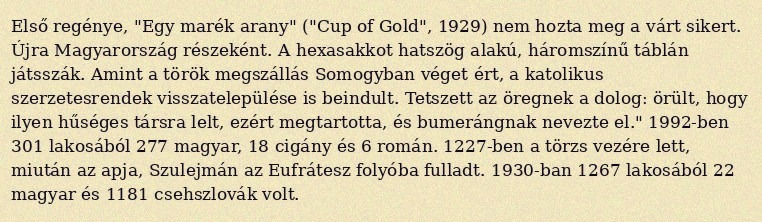
Első regénye, "Egy marék arany" ("Cup of Gold", 1929) nem hozta meg a várt sikert. Újra Magyarország részeként. A hexasakkot hatszög alakú, háromszínű táblán játsszák. Amint a török megszállás Somogyban véget ért, a katolikus szerzetesrendek visszatelepülése is beindult. Tetszett az öregnek a dolog: örült, hogy ilyen hűséges társra lelt, ezért megtartotta, és bumerángnak nevezte el." 1992-ben 301 lakosából 277 magyar, 18 cigány és 6 román. 1227-ben a törzs vezére lett, miután az apja, Szulejmán az Eufrátesz folyóba fulladt. 1930-ban 1267 lakosából 22 magyar és 1181 csehszlovák volt.